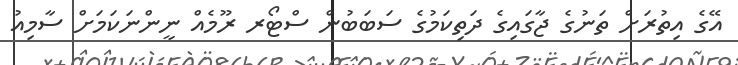
އޭގެ އިތުރަށް ތަނުގެ ޖާގައިގެ ދަތިކަމުގެ ސަބަބުން ސްޓޯރ ރޫމެއް ނީންނަކަމަށް ސާމިއު